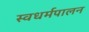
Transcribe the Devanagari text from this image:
स्वधर्मपालन